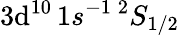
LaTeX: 3\mathrm{d}^{10}\, 1s^{-1}\, ^{2}S_{1/2}